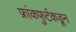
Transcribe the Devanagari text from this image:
फ्रांकफुर्टकडून